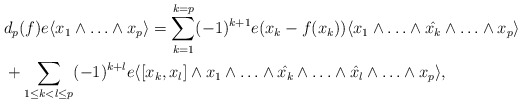
\begin{align*} &d_p(f)e\langle x_1\wedge\ldots\wedge x_p\rangle =\sum_{k=1}^{k=p}(-1)^{k+1}e(x_k-f(x_k))\langle x_1\wedge\ldots \wedge\Hat {x_k}\wedge\ldots \wedge x_p\rangle\\&+\sum_{1\le k<l \le p} (-1)^{k+l} e\langle[x_k,x_l]\wedge x_1\wedge\ldots\wedge \Hat {x_k}\wedge\ldots\wedge \Hat {x_l}\wedge\ldots\wedge x_p\rangle, \\\end{align*}